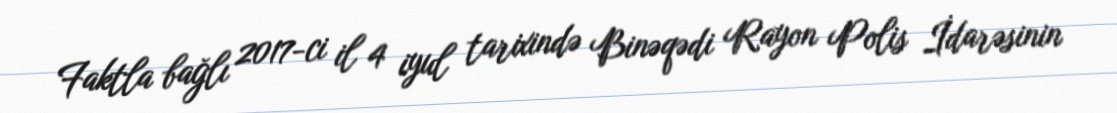
Faktla bağlı 2017-ci il 4 iyul tarixində Binəqədi Rayon Polis İdarəsinin